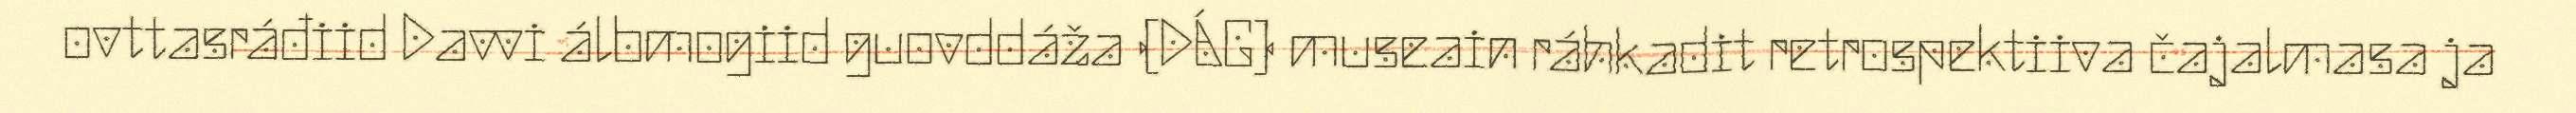
ovttasráđiid Davvi álbmogiid guovddáža (DÁG) museain ráhkadit retrospektiiva čajalmasa ja